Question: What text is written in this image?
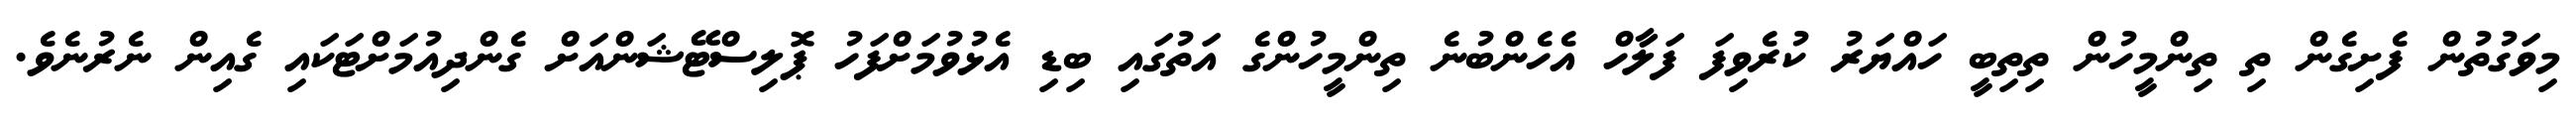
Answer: މިވަގުތުން ފެށިގެން ތި ތިންމީހުން ތިތިބީ ހައްޔަރު ކުރެވިފަ ފަލާހް އެހެންބުނެ ތިންމީހުންގެ އަތުގައި ބިޑި އެޅުވުމަށްފަހު ޕޮލިސްޓޭޝަންއަށް ގެންދިއުމަށްޓަކައި ގެއިން ނެރުނެވެ.